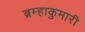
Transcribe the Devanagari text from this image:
ब्रम्हाकुमारी